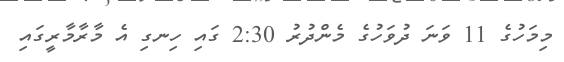
މިމަހުގެ 11 ވަނަ ދުވަހުގެ މެންދުރު 2:30 ގައި ހިނގި އެ މާރާމާރީގައި